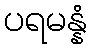
ပရမန္နံ